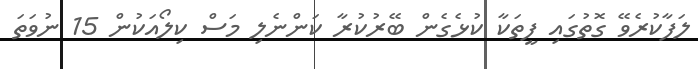
ލަފާކުރެވޭ ގޮތުގައި ފީތަކާ ކުޅެގެން ބޭރުކުރާ ކަންނެލި މަސް ކިލޯއަކުން 15 ނުވަތަ